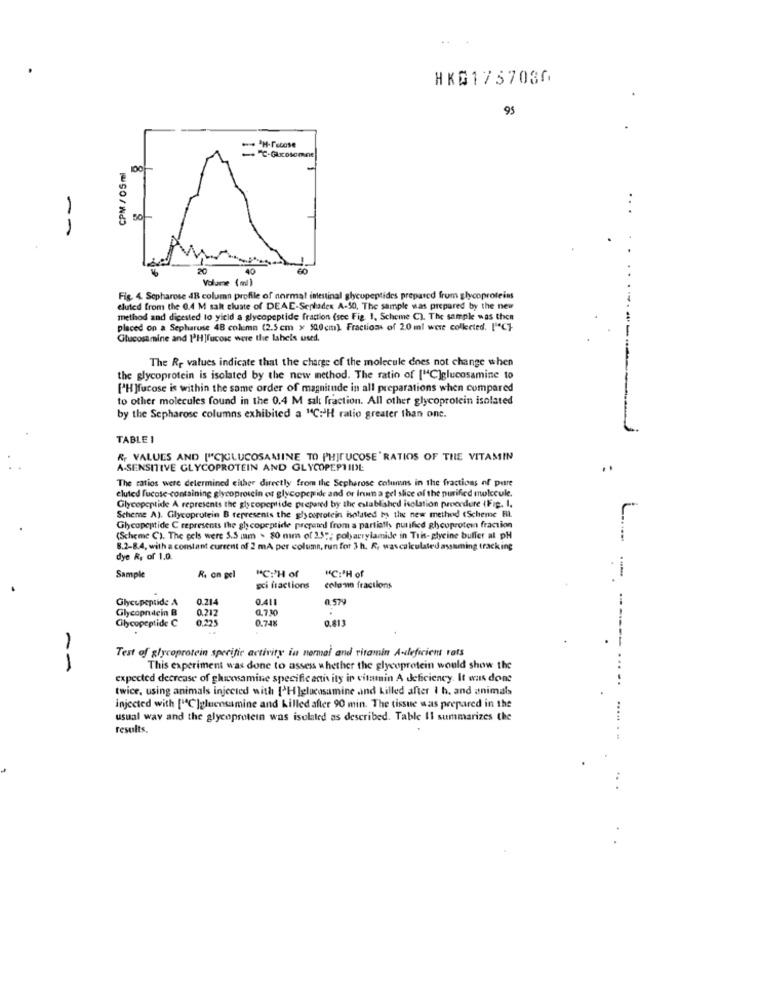
HKG1757036
95
CPM / 05 ml
20
40
Volume (ml)
Fig. 4. Sepharose 4B column profile of normal inestinal glycopeptides prepared from glycoproteins
eluted from the 0.4 M salt cluate of DEAE-Seplades A-50, The sample was prepared by the new
method and dicested to yield a glycopeptide fraction (see Fig. 1, Scheme C). The sample was then
placed on a Sepharuse 48 column (2.5 cm x 500cm) Fractions of 20 ml were collected. ['ºC}
Glucosamine and 1PHTrucos were the laheis used.
The Rr values indicate that the charge of the molecule does not change when
the glycoprotein is isolated by the new method. The ratio of ["C]glucosamine to
["H ]fucose is within the same order of magnitude in all preparations when compared
to other molecules found in the 0.4 M salt fraction. All other glycoprotein isolated
by the Sepharose columns exhibited a "C: H ratio greater than one.
TABLE 1
RF VALUES AND ["CKILUCOSAMINE TO PHITUCOSE"RATIOS OF THE VITAMIN
A-SENSITIVE GLYCOPROTEIN AND GLYCOPEPTIDE
The ratios were determined either directly from the Sepherose columns in the fractions of pure
eluted fucose containing glycoprotein or glycopeptide and or Inun a gel slice of the purified molecule.
Glycopeptide A represents the glycopeptide prepared by the established isolation procedure (Fig. I.
Scheme A). Glycoprotein B represents the glycoprotein isolated by the new method (Scheme FI.
Glycopeptide C represents the glycopeptide prepared from a partiatis purified glycoprotein fraction
(Scheme C). The pels were 5.5 mm . 80 nim of 2.5"; polyacrylamide in Tris-glycine buffer al pH
8.2-8.4, with a constant current of 2 mA per column, run for 3 h. R, wascalculated assuming tracking
dye R, of 1.0.
Sample
R. on gel
"C:'H of
"C:PH of
gci fractions
colo-ne fractions
Glycepeptide A
0.214
0.411
0.579
Glycopnacin B
0.212
0.7.30
Glycopeptide C
0,225
0.74%
0.813
Test of glycoprotein specific activity in normal and vitamin A-deficient rats
---- ..
This experiment was done to assess whether the glycoprotein would show the
expected decrease of glucosamine specific eniv ity in vitamin A deficiency. It was done
twice, using animals injected with ['H ]glucosamine and killed after I h, and animals
...
injected with ["C]glucosamine and killed after 90 min. The tissue was prepared in the
usual way and the glycoprotein was isolated as described. Table Il summarizes the
results.